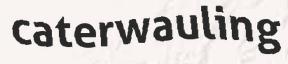
caterwauling